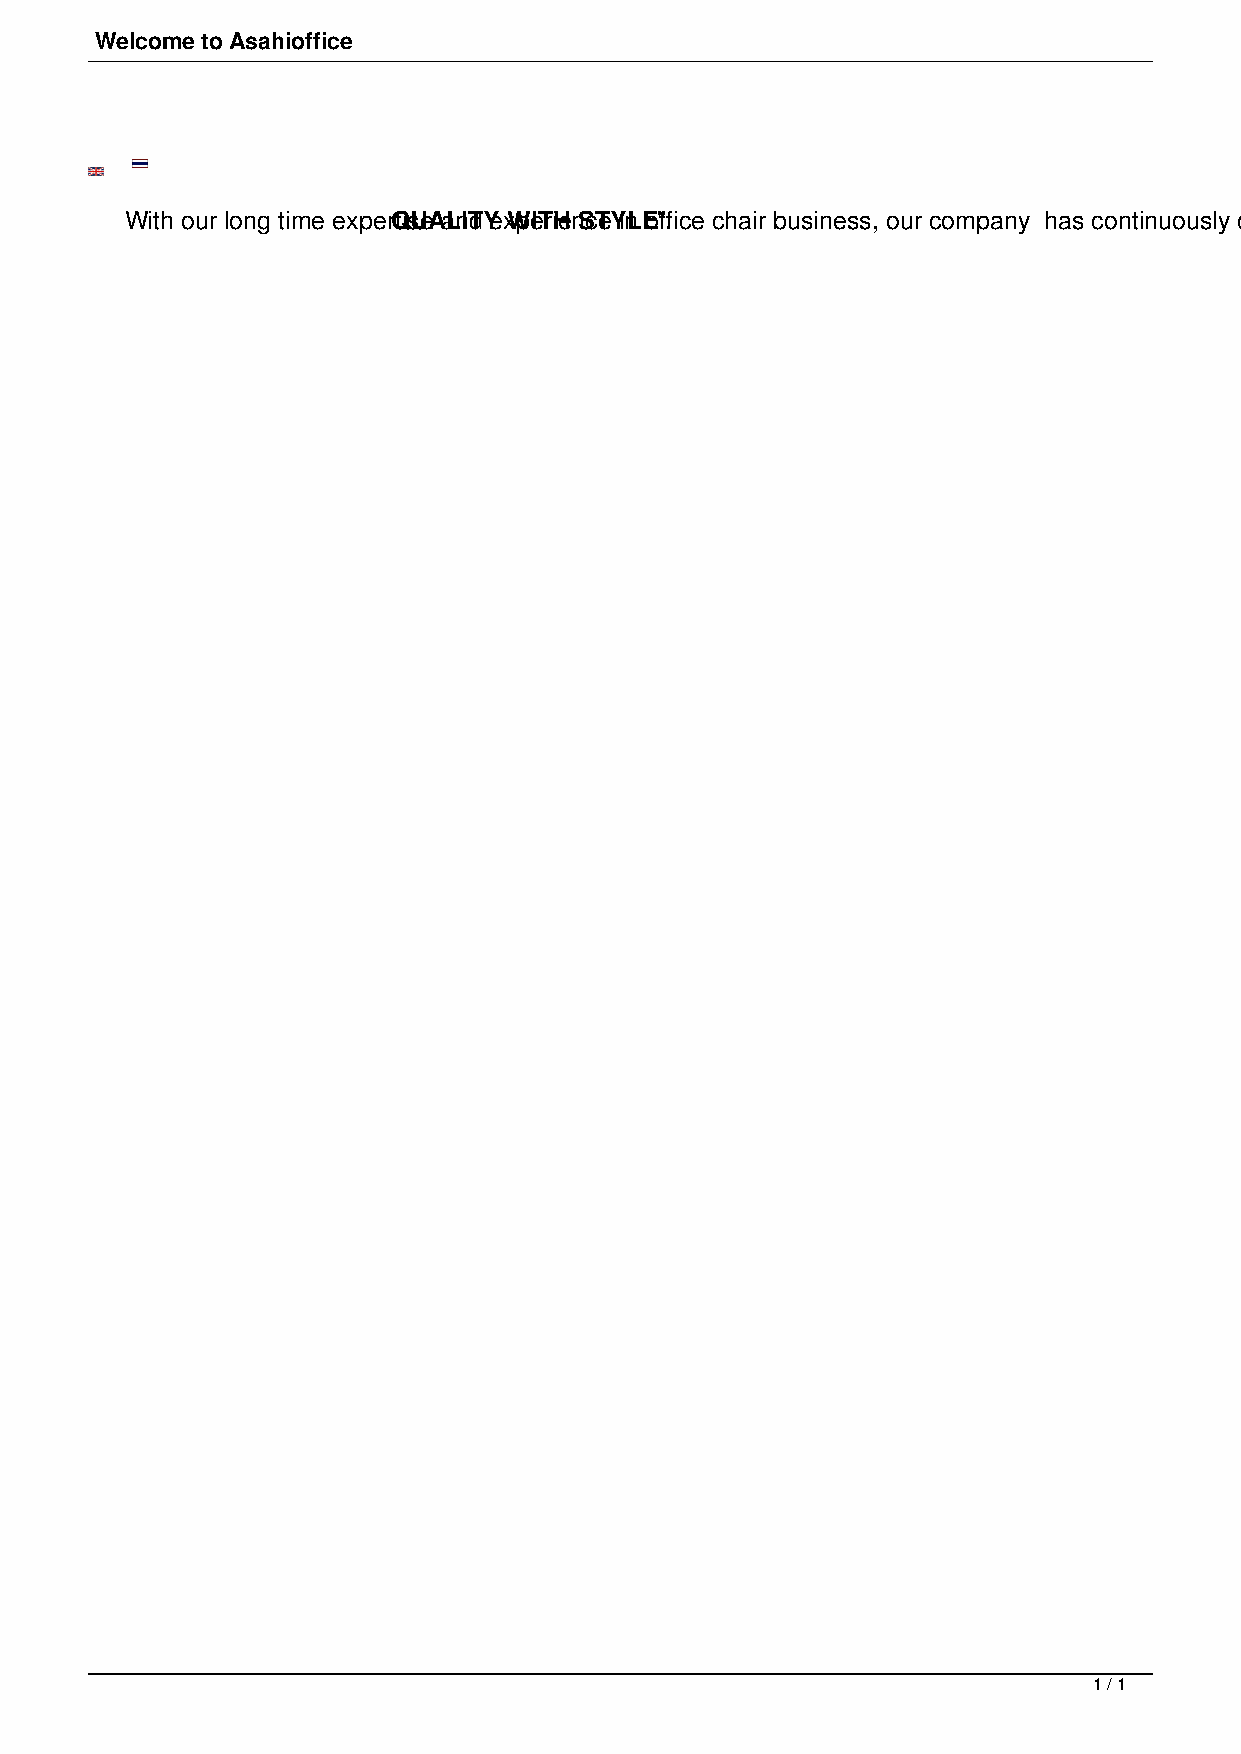
Welcome to Asahioffice
 With our long time experQtisUeA aLnITd Ye xWpeITriHe nScTeY inL Eo"f.fice chair business, our company has continuously created and developed our qualified products, and gained our customer's recognition based upon comfort, elegance, and first-tier quality. For these new office chair series, the unsurpassed combination of stylish design, comfort, and endurance is our ultimate inspiration; enabling this top-notch quality office chair series to reply to various demanded functions. Thus, you can always confide in our office chairs because Asahi / FORTE means "
 1 / 1